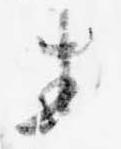
春